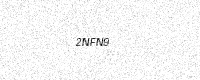
Text: 2NFN9